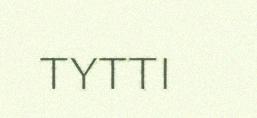
TYTTI